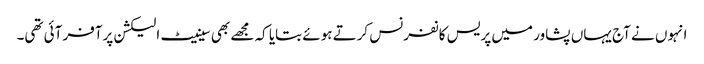
انہوں نے آج یہاں پشاور میں پریس کانفرنس کرتے ہوئے بتایا کہ مجھے بھی سینیٹ الیکشن پرآفر آئی تھی۔